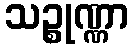
သဉ္စုဏ္ဏာ